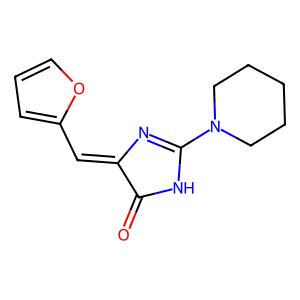
SMILES: O=C1NC(N2CCCCC2)=NC1=Cc1ccco1
Inhibits HIV replication: No